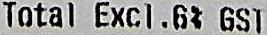
TOTAL EXCL .6% GST